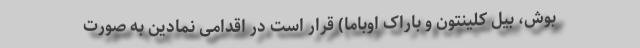
بوش، بیل کلینتون و باراک اوباما) قرار است در اقدامی نمادین به صورت